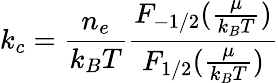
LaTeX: k_{c}=\frac{n_{e}}{k_{B}T}\frac{F_{-1/2}(\frac{\mu}{k_{B}T})}{F_{1/2}(\frac{\mu}{k_{B}T})}